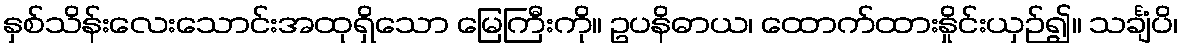
နှစ်သိန်းလေးသောင်းအထုရှိသော မြေကြီးကို။ ဥပနိဓာယ၊ ထောက်ထားနှိုင်းယှဉ်၍။ သင်္ချံပိ၊